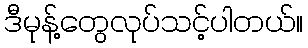
ဒီမုန့်တွေလုပ်သင့်ပါတယ်။